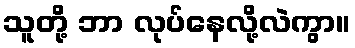
သူတို့ ဘာ လုပ်နေလို့လဲကွာ။